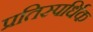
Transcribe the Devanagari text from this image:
प्रतिस्पर्धिक